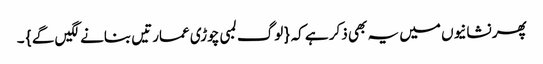
پھر نشانیوں میں یہ بھی ذکر ہے کہ { لوگ لمبی چوڑی عمارتیں بنانے لگیں گے } ۔